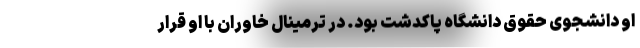
او دانشجوی حقوق دانشگاه پاکدشت بود. در ترمینال خاوران با او قرار